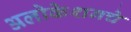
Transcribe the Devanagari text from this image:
अलोकेशनचे